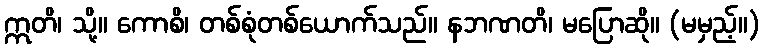
ဣတိ၊ သို့။ ကောစိ၊ တစ်စုံတစ်ယောက်သည်။ နဘဏတိ၊ မပြောဆို။ (မမှည့်။)